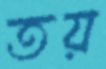
তয়